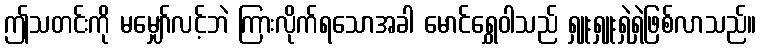
ဤသတင်းကို မမျှော်လင့်ဘဲ ကြားလိုက်ရသောအခါ မောင်ရွှေဝါသည် ရှူးရှူးရှဲရှဲဖြစ်လာသည်။